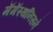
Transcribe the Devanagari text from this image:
मॅगॅस्थनिसने